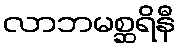
လာဘမစ္ဆရိနီ